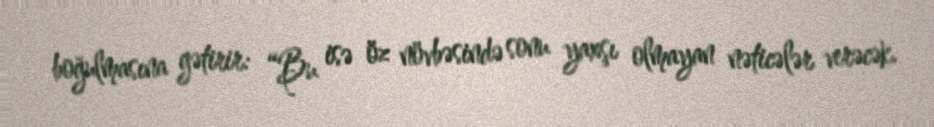
boğulmasına gətirir: “Bu isə öz növbəsində sonu yaxşı olmayan nəticələr verəcək.